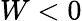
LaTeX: W<0